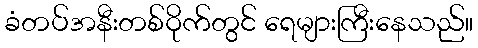
ခံတပ်အနီးတစ်ဝိုက်တွင် ရေများကြီးနေသည်။